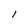
Character: 1